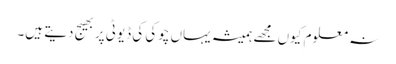
نہ معلوم کیوں مجھے ہمیشہ یہاں چوکی کی ڈیوٹی پر بھیج دیتے ہیں۔